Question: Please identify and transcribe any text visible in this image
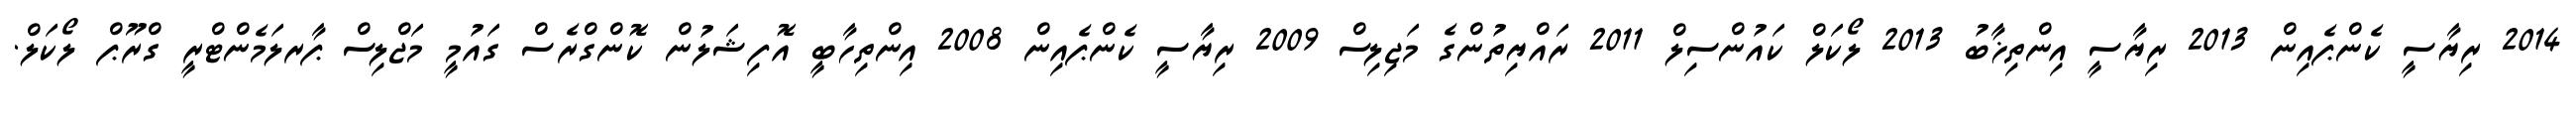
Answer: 2014 ރިޔާސީ ކެންޕެއިން 2013 ރިޔާސީ އިންތިޚާބު 2013 ލޯކަލް ކައުންސިލް 2011 ރައްޔިތުންގެ މަޖިލިސް 2009 ރިޔާސީ ކެންޕެއިން 2008 އިންތިހާބީ އޮފިޝަލުން ކޮންގްރެސް ގައުމީ މަޖްލިސް ޕާރލަމެންޓްރީ ގްރޫޕް ލޯކަލް.